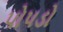
પોપડો